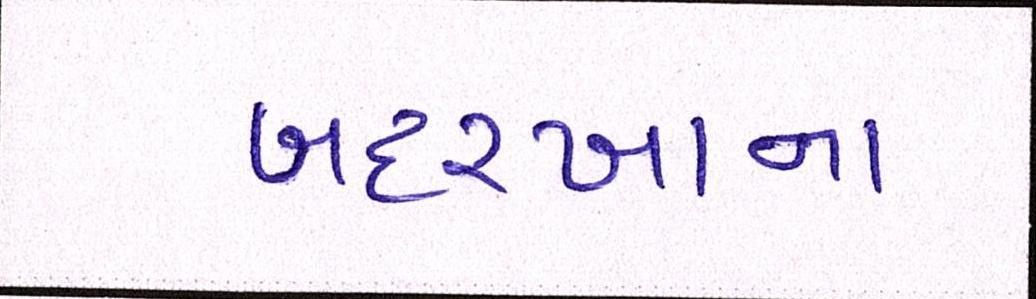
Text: બદરખાના